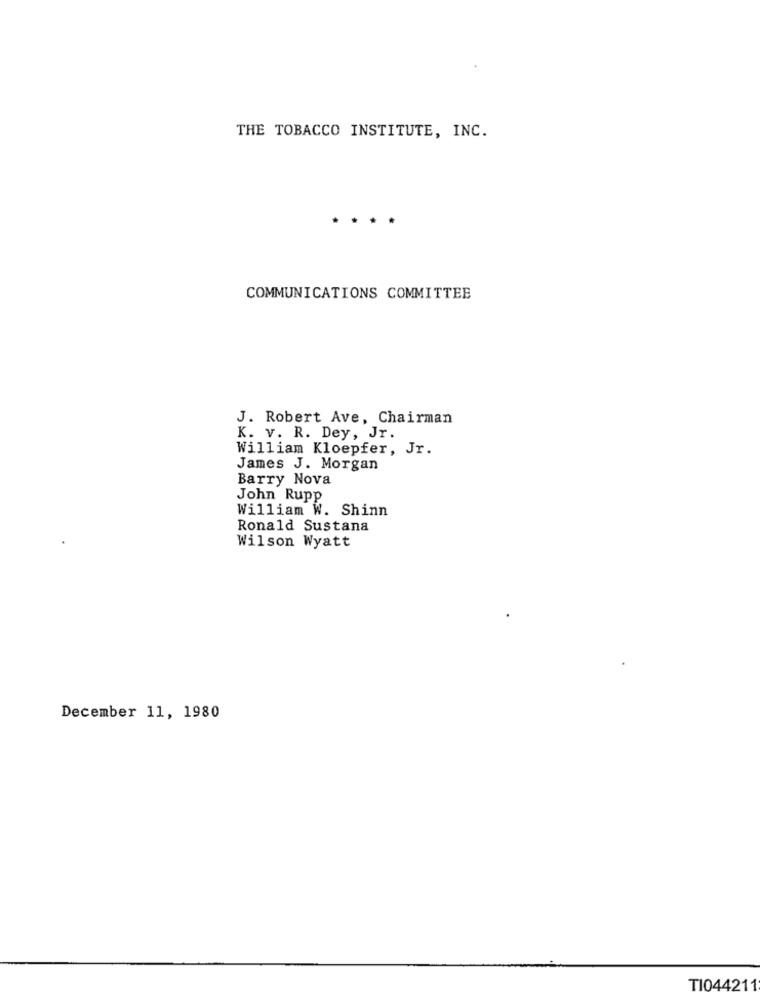
THE TOBACCO INSTITUTE, INC.
COMMUNICATIONS COMMITTEE
J. Robert Ave, Chairman
K. v. R. Dey, Jr.
William Kloepfer, Jr.
James J. Morgan
Barry Nova
John Rupp
William W. Shinn
Ronald Sustana
Wilson Wyatt
December 11, 1980
TI044211